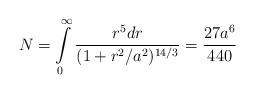
LaTeX: \begin{align*}N=\int\limits_0^\infty\frac{r^5dr}{(1+r^2/a^2)^{14/3}}=\frac{27 a^6}{440}\end{align*}